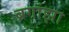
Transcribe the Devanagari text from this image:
ब्रगांझा